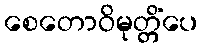
စေတောဝိမုတ္တိံပေ